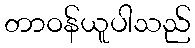
တာဝန်ယူပါသည်